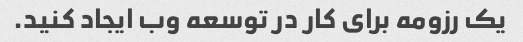
یک رزومه برای کار در توسعه وب ایجاد کنید.